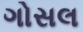
ગોસલ